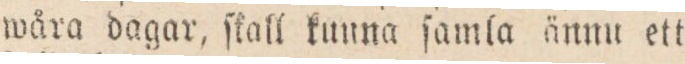
wåra dagar, ſkall kunna ſamla ännu ett